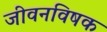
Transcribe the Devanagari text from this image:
जीवनविषक